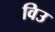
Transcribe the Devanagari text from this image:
विउ